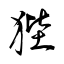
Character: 狴